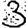
Digit: 3